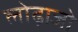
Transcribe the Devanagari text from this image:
लोढ़ाजो